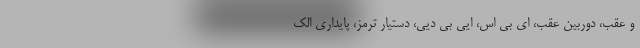
و عقب، دوربین عقب، ای بی اس، ایی بی دیی، دستیار ترمز، پایداری الک